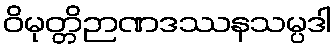
ဝိမုတ္တိဉာဏဒဿနသမ္ပဒါ